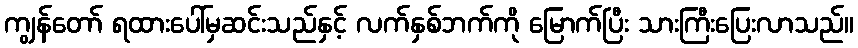
ကျွန်တော် ရထားပေါ်မှဆင်းသည်နှင့် လက်နှစ်ဘက်ကို မြောက်ပြီး သားကြီးပြေးလာသည်။